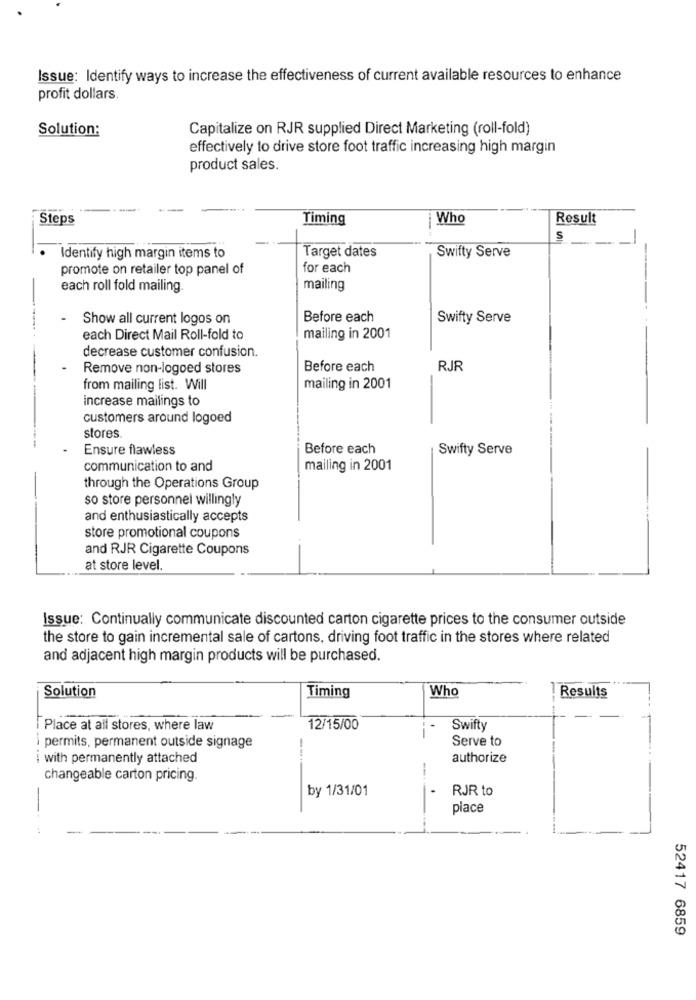
Issue: Identify ways to increase the effectiveness of current available resources to enhance
profit dollars.
Solution:
Capitalize on RJR supplied Direct Marketing (roll-fold)
effectively to drive store foot traffic increasing high margin
product sales.
Steps
Timing
Who
Result
S
Target dates
Swifty Serve
Identify high margin items to
promote on retailer top panel of
for each
each roll fold mailing.
mailing
Show all current logos on
Before each
Swifty Serve
each Direct Mail Roll-fold to
mailing in 2001
decrease customer confusion.
Remove non-logoed stores
Before each
RJR
from mailing list. Will
mailing in 2001
increase mailings to
customers around logoed
stores
Ensure flawless
Before each
Swifty Serve
communication to and
mailing in 2001
through the Operations Group
so store personnel willingly
and enthusiastically accepts
store promotional coupons
and RJR Cigarette Coupons
at store level.
Issue: Continually communicate discounted carton cigarette prices to the consumer outside
the store to gain incremental sale of cartons, driving foot traffic in the stores where related
and adjacent high margin products will be purchased.
Solution
Timing
Who
Results
Place at all stores, where law
12/15/00
Swifty
-
Serve to
permits, permanent outside signage
I with permanently attached
---
authorize
changeable carton pricing.
by 1/31/01
RJR to
place
52417 6859